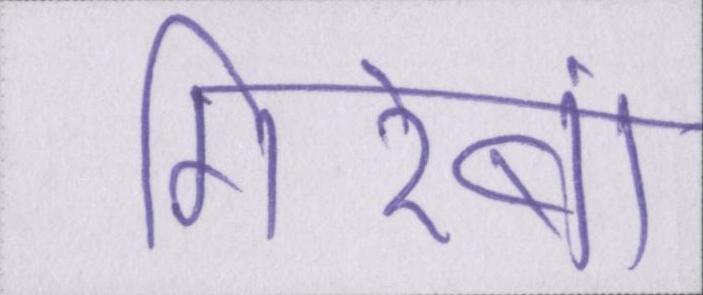
गिरेबां